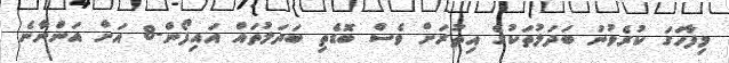
މިފާހަގަ ކުރެވުނު ބަދަލުތަކުގެ އިތުރަށް ވެސް ބޮޑެތި ބަދަލުތައް އައިފޯން-8 އަށް އަންނާނެ